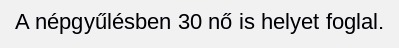
A népgyűlésben 30 nő is helyet foglal.